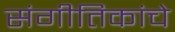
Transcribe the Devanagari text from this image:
संगीतिकांचे